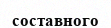
составного